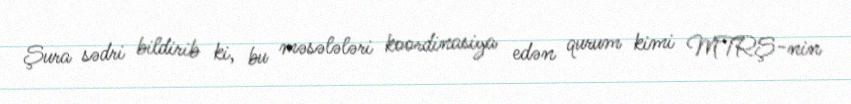
Şura sədri bildirib ki, bu məsələləri koordinasiya edən qurum kimi MTRŞ-nin